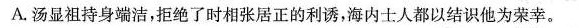
A.汤显祖持身端洁，拒绝了时相张居正的利诱，海内士人都以结识他为荣幸。